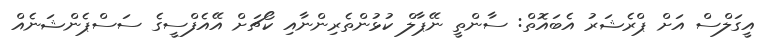
އީގަލްސް އަށް ޕްރެޝަރު އެބައޮތް: ސާންތީ ނޭޕާލް ކުޅުންތެރިންނާއި ކޯޗަށް އޭއެފްސީގެ ސަސްޕެންޝަނެއް